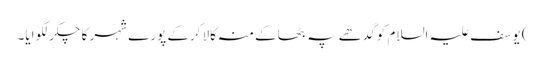
) یوسف علیہ السلام کو گدھے پہ بٹھاکے منہ کالا کرکے پورے شہر کا چکر لگوایا۔